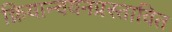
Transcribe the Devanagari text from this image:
क्रियान्वयनप्रस्तावित